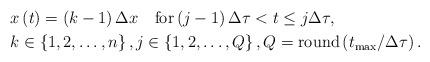
LaTeX: \begin{align*} &x\left(t\right) = \left(k-1\right) \Delta x \quad\mbox{for}\left( j-1 \right) \Delta \tau < t \leq j \Delta \tau , \\ &k \in \left\lbrace 1,2,\ldots,n \right\rbrace, j \in \left\lbrace 1,2,\ldots,Q \right\rbrace, Q = \operatorname{round}\left(t_\mathrm{max} / \Delta \tau\right) . \end{align*}